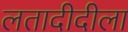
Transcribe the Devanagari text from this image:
लतादीदीला